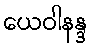
ယေဝါနန္ဒ